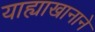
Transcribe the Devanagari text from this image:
याह्याखानाने